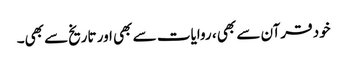
خود قرآن سے بھی ، روایات سے بھی اور تاریخ‌سے بھی۔